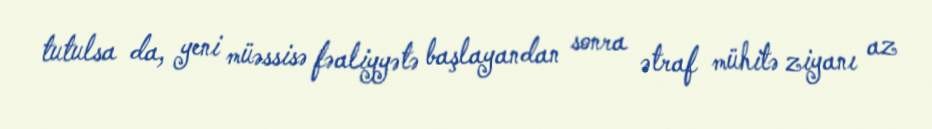
tutulsa da, yeni müəssisə fəaliyyətə başlayandan sonra ətraf mühitə ziyanı az